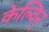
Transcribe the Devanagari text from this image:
केल्विन्